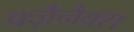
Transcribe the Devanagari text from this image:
क्ज़ैनैक्स